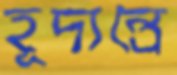
হূদ্যন্ত্রে